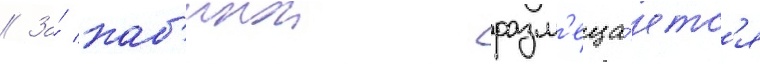
// За́ каб'инои разм'еща́етс'я